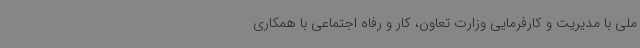
ملی با مدیریت و کارفرمایی وزارت تعاون، کار و رفاه اجتماعی با همکاری